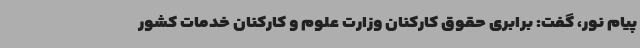
پیام نور، گفت: برابری حقوق کارکنان وزارت علوم و کارکنان خدمات کشور